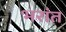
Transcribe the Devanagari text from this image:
भरांत